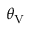
\theta _ { \protect \mathrm { V } }